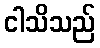
ငါသိသည်